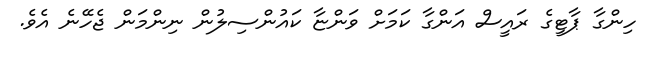
ހިންގާ ޕާޓީގެ ރައީސް އަންގާ ކަމަށް ވަންޏާ ކައުންސިލުން ނިންމަން ޖެހޭނެ އެވެ.